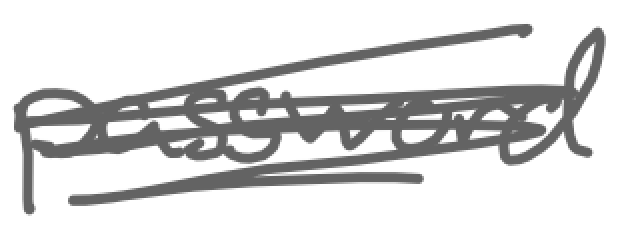
Text: password
Cross-out: scratch
Writing tool: digital_gray